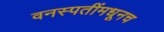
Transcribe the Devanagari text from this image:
वनस्पतींमधूनच